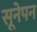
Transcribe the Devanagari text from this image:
सूनेपन